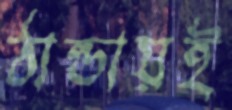
ঠান্ডায়ই